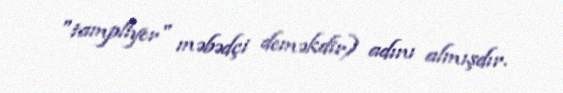
"tampliyer" məbədçi deməkdir) adını almışdır.